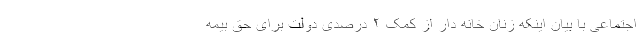
اجتماعی با بیان اینکه زنان خانه دار از کمک ۲ درصدی دولت برای حق بیمه